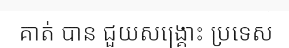
គាត់ បាន ជួយសង្គ្រោះ ប្រទេស